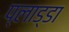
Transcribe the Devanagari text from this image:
प्लाड्डा